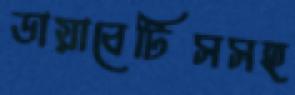
ডায়াবেটিসসহ